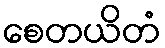
စေတယိတံ